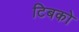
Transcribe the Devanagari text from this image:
टिबको